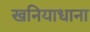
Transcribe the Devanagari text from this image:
खनियाधाना